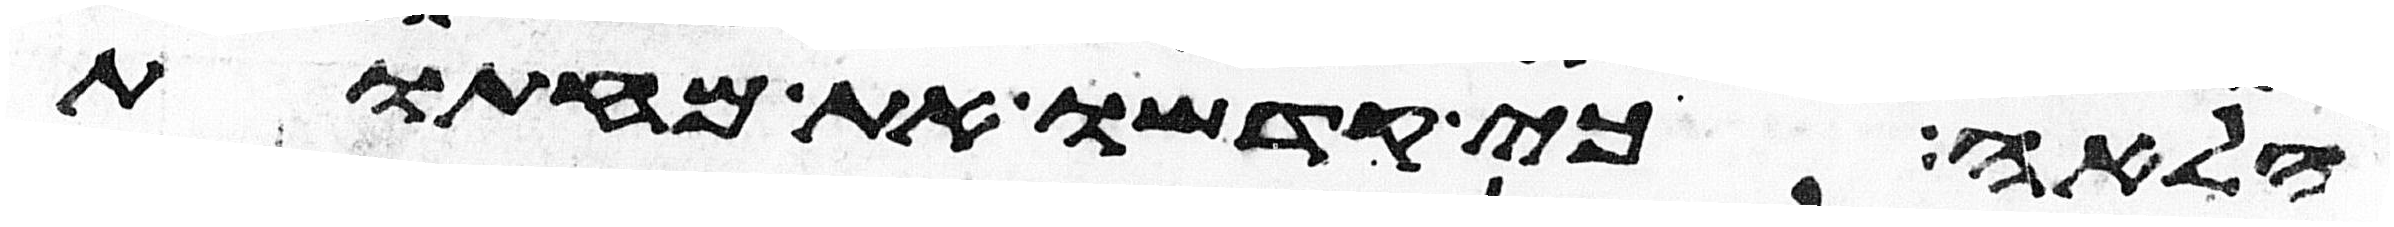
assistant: הלאה כי קדשו את מחתות